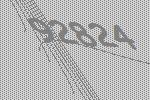
92824